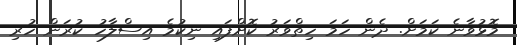
މޮޅުވާނެ ކަމަށް. ދެން ހަމަ ހިތްވަރު ކޮށްފައި ނިކުމެ އިސްލާހު ކުރަން ހުރި